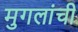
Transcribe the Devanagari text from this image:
मुगलांची